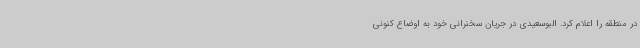
در منطقه را اعلام کرد. البوسعیدی در جریان سخنرانی خود به اوضاع کنونی